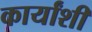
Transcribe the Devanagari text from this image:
कार्यांशी